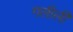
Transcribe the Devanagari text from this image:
गलीली